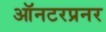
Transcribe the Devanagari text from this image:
ऑनटरप्रनर